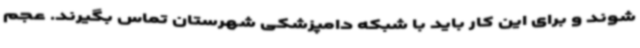
شوند و برای این کار باید با شبکه دامپزشکی شهرستان تماس بگیرند. عجم